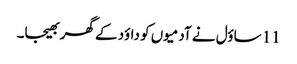
11 ساؤل نے آدمیوں کو داؤد کے گھر بھیجا۔